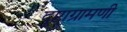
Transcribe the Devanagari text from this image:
दुष्टाग्रामणी